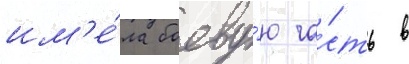
им'е́ла боеву́ю ча́сть в